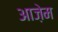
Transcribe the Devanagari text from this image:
आज़ेम